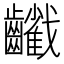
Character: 𪙻